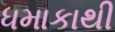
ધમાકાથી